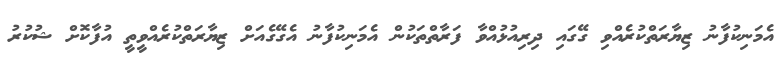
އެމަނިކުފާނު ޒިޔާރަތްކުރެއްވި ގޭގައި ދިރިއުޅުއްވާ ފަރާތްތަކުން އެމަނިކުފާނު އެގޭގެއަށް ޒިޔާރަތްކުރެއްވީތީ އުފާކޮށް ޝުކުރު